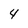
Character: 4